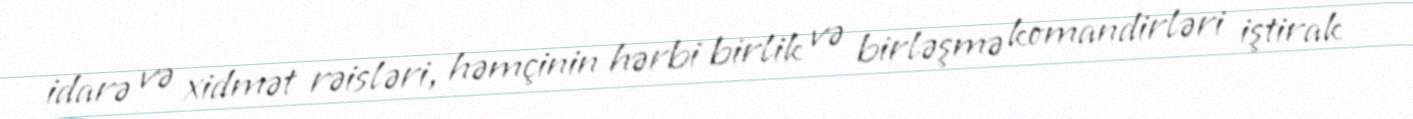
idarə və xidmət rəisləri, həmçinin hərbi birlik və birləşmə komandirləri iştirak